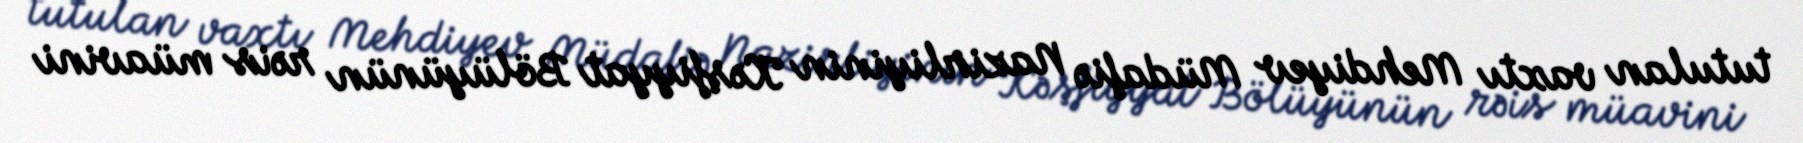
tutulan vaxtı Mehdiyev Müdafiə Nazirliyinin Kəşfiyyat Bölüyünün rəis müavini